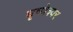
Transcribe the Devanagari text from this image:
घृष्‍णेश्‍वर